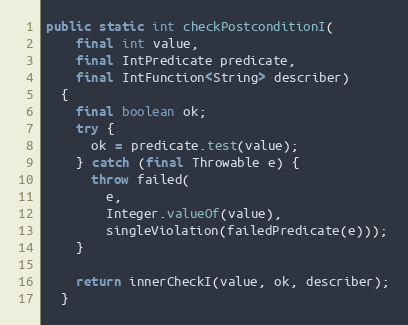
Language: Java
public static int checkPostconditionI(
    final int value,
    final IntPredicate predicate,
    final IntFunction<String> describer)
  {
    final boolean ok;
    try {
      ok = predicate.test(value);
    } catch (final Throwable e) {
      throw failed(
        e,
        Integer.valueOf(value),
        singleViolation(failedPredicate(e)));
    }

    return innerCheckI(value, ok, describer);
  }